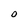
Character: O